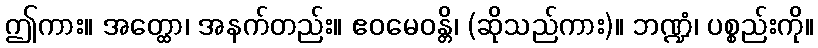
ဤကား။ အတ္ထော၊ အနက်တည်း။ ဧဝမေဝန္တိ၊ (ဆိုသည်ကား)။ ဘဏ္ဍံ၊ ပစ္စည်းကို။